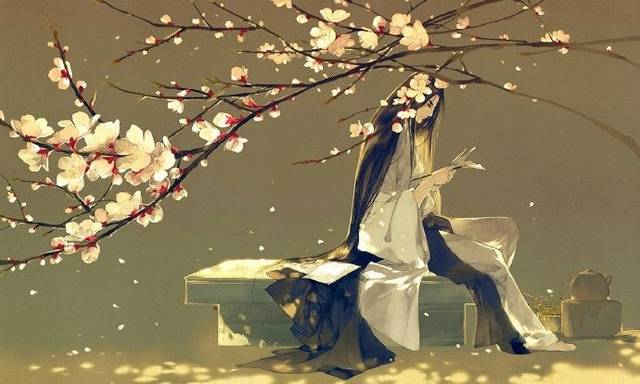
行行无别语，只道早还乡。